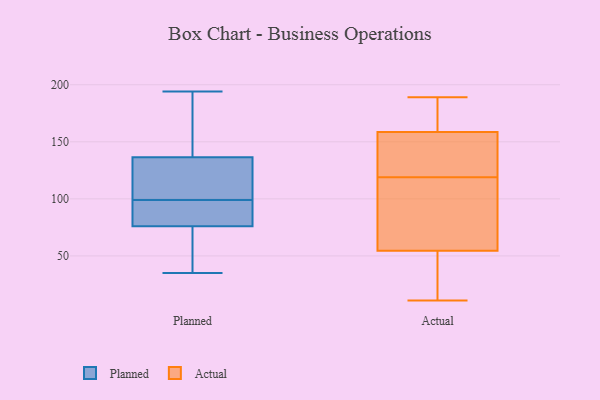
{"axis": {"x": "Bounce Rate (%)", "y": "Value"}, "legend": ["Actual", "Planned"], "data": [{"x": "", "y": 78, "type": "Planned"}, {"x": "", "y": 184, "type": "Planned"}, {"x": "", "y": 116, "type": "Planned"}, {"x": "", "y": 129, "type": "Planned"}, {"x": "", "y": 58, "type": "Planned"}, {"x": "", "y": 35, "type": "Planned"}, {"x": "", "y": 101, "type": "Planned"}, {"x": "", "y": 141, "type": "Planned"}, {"x": "", "y": 74, "type": "Planned"}, {"x": "", "y": 48, "type": "Planned"}, {"x": "", "y": 83, "type": "Planned"}, {"x": "", "y": 93, "type": "Planned"}, {"x": "", "y": 194, "type": "Planned"}, {"x": "", "y": 40, "type": "Planned"}, {"x": "", "y": 97, "type": "Planned"}, {"x": "", "y": 132, "type": "Planned"}, {"x": "", "y": 120, "type": "Planned"}, {"x": "", "y": 97, "type": "Planned"}, {"x": "", "y": 191, "type": "Planned"}, {"x": "", "y": 152, "type": "Planned"}, {"x": "", "y": 189, "type": "Actual"}, {"x": "", "y": 189, "type": "Actual"}, {"x": "", "y": 133, "type": "Actual"}, {"x": "", "y": 83, "type": "Actual"}, {"x": "", "y": 120, "type": "Actual"}, {"x": "", "y": 35, "type": "Actual"}, {"x": "", "y": 156, "type": "Actual"}, {"x": "", "y": 161, "type": "Actual"}, {"x": "", "y": 184, "type": "Actual"}, {"x": "", "y": 129, "type": "Actual"}, {"x": "", "y": 82, "type": "Actual"}, {"x": "", "y": 12, "type": "Actual"}, {"x": "", "y": 22, "type": "Actual"}, {"x": "", "y": 173, "type": "Actual"}, {"x": "", "y": 118, "type": "Actual"}, {"x": "", "y": 122, "type": "Actual"}, {"x": "", "y": 11, "type": "Actual"}, {"x": "", "y": 43, "type": "Actual"}, {"x": "", "y": 66, "type": "Actual"}, {"x": "", "y": 94, "type": "Actual"}]}